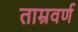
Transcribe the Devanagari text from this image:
ताम्रवर्ण